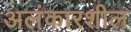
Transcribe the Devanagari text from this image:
अलंकारशील